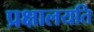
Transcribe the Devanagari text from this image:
प्रक्षालयति